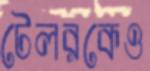
টেলরকেও